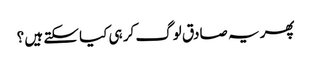
پھر یہ صادق لوگ کر ہی کیا سکتے ہیں ؟